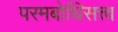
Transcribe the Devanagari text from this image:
परमबोधिसत्त्व